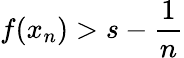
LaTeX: f(x_{n})>s-\frac{1}{n}